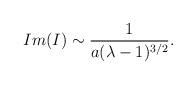
LaTeX: \begin{align*}Im(I) \sim {1 \over a( \lambda - 1 )^{3/ 2}}.\end{align*}